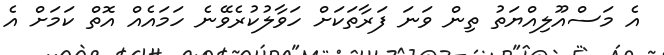
އެ މަސްއޫލިއްޔަތު ތިން ވަނަ ފަރާތަކަށް ހަވާލުކުރެވޭނެ ހަމައެއް އޮތް ކަމަށް އެ